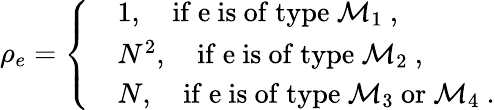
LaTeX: \rho_{e}=\left\{ \begin{array}{rl}&{1,\quad\mathrm{if~e~is~of~type~\mathcal{M}_{1}~},}\\ &{N^{2},\quad\mathrm{if~e~is~of~type~\mathcal{M}_{2}~},}\\ &{N,\quad\mathrm{if~e~is~of~type~\mathcal{M}_{3}~or~\mathcal{M}_{4}~}.}\end{array}\right.